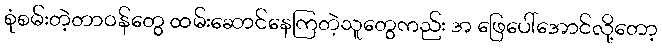
စုံစမ်းတဲ့တာဝန်တွေ ထမ်းဆောင်နေကြတဲ့သူတွေကည်း အ ဖြေပေါ်အောင်လို့တော့